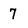
Character: 7